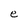
Character: e